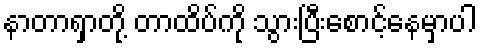
နာတာရှာတို့ တာထိပ်ကို သွားပြီးစောင့်နေမှာပါ